Insane asylums in Bengal annual reports 1876-1887 - 1876-1887
Year: 1876
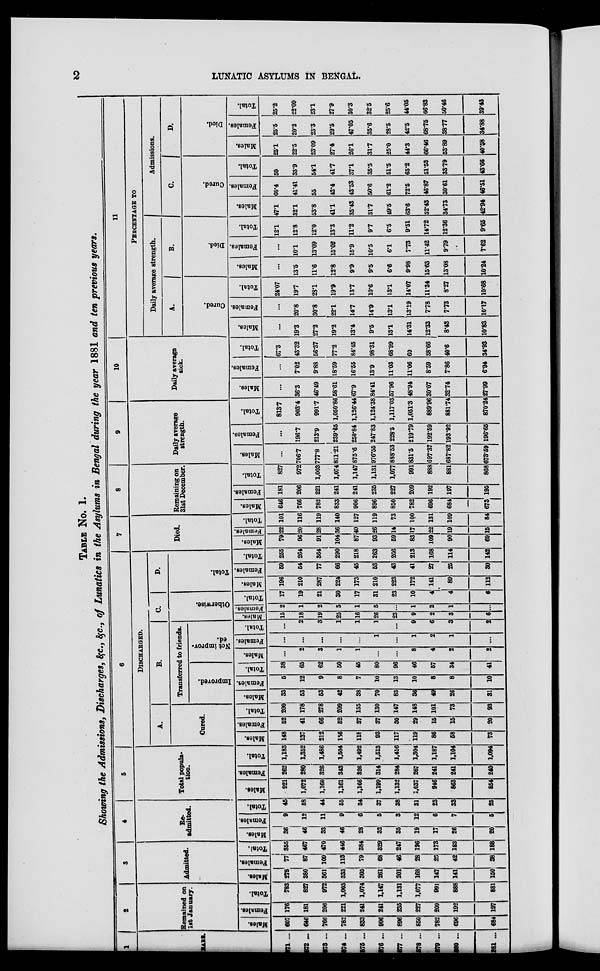
2
LUNATIC ASYLUMS IN BENGAL.
TABLE No. 1.
Showing the Admissions, Discharges, &c., &c., of Lunatics in the Asylums in Bengal during the year 1881 and ten previous years.
1
YEARS.
1871 ...
1872 ...
1873 ...
1874 ...
1875 ...
1876 ...
1877 ...
1878 ...
1879 ...
1880 ...
1881 ...
2
Remained on
1st January.
Males.
607
646
766
782
833
906
896
850
782
696
684
Females.
176
181
206
221
241
241
235
227
209
192
197
Total.
783
827
972
1,003
1,074
1,147
1,131
1,077
991
888
881
3
Admitted.
Males.
278
380
361
333
305
261
201
168
147
141
150
Females.
77
87
109
113
79
68
46
28
26
42
38
Total.
355
467
470
446
384
329
247
196
173
183
188
4
Re-
admitted.
Males.
36
46
33
46
28
32
35
19
17
26
20
Females.
9
12
11
9
6
5
3
12
6
7
5
Total.
45
58
44
55
34
37
38
31
23
33
25
5
Total popula-
tion.
Males.
921
1,072
1,160
1,161
1,166
1,199
1,132
1,037
946
863
854
Females.
262
280
326
343
326
314
284
267
241
241
240
Total.
1,183
1,352
1,486
1,504
1,492
1,513
1,416
1,304
1,187
1,104
1,094
6
DISCHARGED.
A.
Cured.
Males.
148
137
212
156
118
93
117
119
86
58
73
Females.
52
41
66
52
37
37
30
29
15
15
20
Total.
200
178
278
209
155
130
147
148
101
73
93
B.
Transferred to friends.
Improved.
Males.
33
53
53
42
38
70
83
36
49
26
31
Females.
5
12
9
8
7
10
13
10
8
8
10
Total.
38
65
62
50
45
80
96
46
57
34
41
Not improv-
ed.
Males.
...
2
3
1
1
...
...
8
4
2
2
Females.
...
...
...
...
...
1
...
1
2
1
...
Total.
...
2
3
1
1
1
...
9
6
3
2
C.
Otherwise.
Mal es .
15
18
19
25
16
26
23
9
2
3
6
Females.
2
1
2
5
1
5
...
1
2
1
...
Tot al .
17
19
21
30
17
31
23
10
4
4
6
D.
Total.
Males.
196
210
287
224
173
210
223
172
141
89
112
Females.
59
54
77
66
45
53
43
41
27
25
30
Total.
255
264
364
290
218
263
266
213
168
114
142
7
Died.
Males.
79
96
91
104
87
93
59
83
109
90
69
Females.
22
20
28
36
40
26
14
17
22
19
15
Total.
101
116
119
140
127
119
73
100
131
109
84
8
Remaining on
31st December.
Males.
646
766
782
833
906
896
850
782
696
684
673
Females.
181
206
221
241
241
235
227
209
192
197
195
Total.
827
972
1,003
1,074
1,147
1,131
1,077
991
888
881
868
9
Daily average
strength.
Males.
...
706.7
777.8
811.21
875.6
976.55
888.53
831.5
697.37
687.82
673.59
Females.
...
196.7
213.9
239.65
250.84
247.83
228.5
219.79
192.59
193.92
196.65
Total.
813.7
903.4
991.7
1,050.86
1,126.44
1,124.38
1,117.03
1,051.3
889.96
881.74
870.24
10
Daily average
sick.
Males.
...
36.3
46.49
58.61
67.9
84.41
57.96
48.94
30.07
32.74
27.99
Females.
...
7.02
9.88
18.59
16.55
13.9
11.03
11.06
8.59
7.86
6.94
Total.
67.3
43.32
56.37
77.2
84.45
98.31
68.99
60
38.66
40.6
34.93
11
PERCENTAGE TO
Daily average strength.
A.
Cured.
Males.
...
19.3
27.2
19.2
13.4
9.5
13.1
14.31
12.33
8.43
10.83
Females.
...
20.8
30.8
22.1
14.7
14.9
13.1
13.19
7.78
7.73
10.17
Total.
24.07
19.7
28.1
19.9
13.7
10.6
13.1
14.07
11.34
8.27
10.68
B.
Died.
Males.
...
13.5
11.6
12.8
9.9
9.5
6.6
9.98
15.63
13.08
10.24
Females.
...
10.1
13.09
15.02
15.9
10.5
6.1
7.73
11.42
9.79
7.62
Total.
12.1
12.8
12.0
13.3
11.2
9.7
6.5
9.51
14.72
12.36
9.65
Admissions.
C.
Cured.
Males.
47.1
32.1
53.8
41.1
35.43
31.7
49.5
63.6
52.43
34.73
42.94
Females.
60.4
41.41
55
43.4
43.53
50.6
61.2
72.5
46.87
30.61
46.51
Total.
50
33.9
54.1
41.7
37.1
35.5
51.5
65.2
51.53
33.79
43.66
D.
Died.
Males.
25.1
22.5
23.09
27.4
26.1
31.7
25.0
44.3
66.46
53.89
40.58
Females.
25.5
20.2
23.3
29.5
47.05
35.6
28.5
42.5
68.75
38.77
34.88
Total.
25.2
22.09
23.1
27.9
30.3
32.5
25.6
44.05
66.83
50.46
39.43